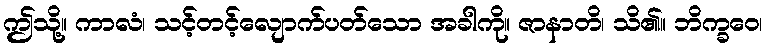
ဤသို့။ ကာလံ၊ သင့်တင့်လျောက်ပတ်သော အခါကို။ ဇာနာတိ၊ သိ၏။ ဘိက္ခဝေ၊